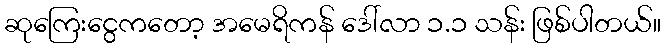
ဆုကြေးငွေကတော့ အမေရိကန် ဒေါ်လာ ၁.၁ သန်း ဖြစ်ပါတယ်။